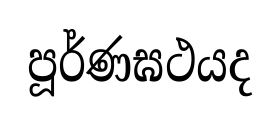
පූර්ණඝථයද